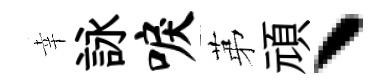
幸詠唳苐頑丶